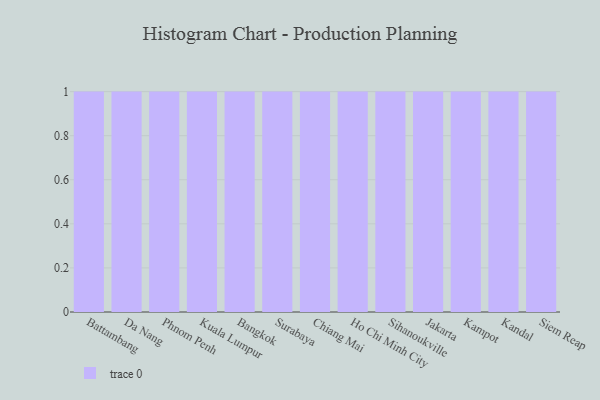
{"axis": {"x": "City", "y": "LTV (USD)"}, "legend": [""], "data": [{"x": "Battambang", "y": 71, "type": ""}, {"x": "Da Nang", "y": 39, "type": ""}, {"x": "Phnom Penh", "y": 45, "type": ""}, {"x": "Kuala Lumpur", "y": 37, "type": ""}, {"x": "Bangkok", "y": 100, "type": ""}, {"x": "Surabaya", "y": 36, "type": ""}, {"x": "Chiang Mai", "y": 74, "type": ""}, {"x": "Ho Chi Minh City", "y": 29, "type": ""}, {"x": "Sihanoukville", "y": 60, "type": ""}, {"x": "Jakarta", "y": 87, "type": ""}, {"x": "Kampot", "y": 37, "type": ""}, {"x": "Kandal", "y": 17, "type": ""}, {"x": "Siem Reap", "y": 18, "type": ""}]}